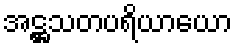
အဋ္ဌသတပရိယာယော